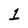
Character: 1